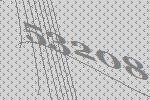
53208